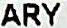
ARY